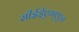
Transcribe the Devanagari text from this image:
सीईईएमएएन